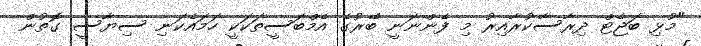
"މުޅި ބަޖެޓް ދިރާސާކުރާއިރު މި ފެންނަނީ ބޭރުގެ އެމްބަސީތަކަކީ ހަމައެކަނި ސިޔާސީ ގޮތުން